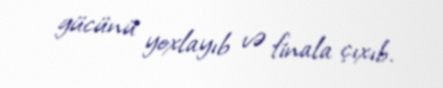
gücünü yoxlayıb və finala çıxıb.